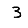
Digit: 3